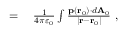
\begin{array} { r l } { = { } } & { { } { \frac { 1 } { 4 \pi \varepsilon _ { 0 } } } \int { \frac { \mathbf { p } \left( \mathbf { r } _ { 0 } \right) \cdot d \mathbf { A } _ { 0 } } { \left| \mathbf { r } - \mathbf { r } _ { 0 } \right| } } \ , } \end{array}